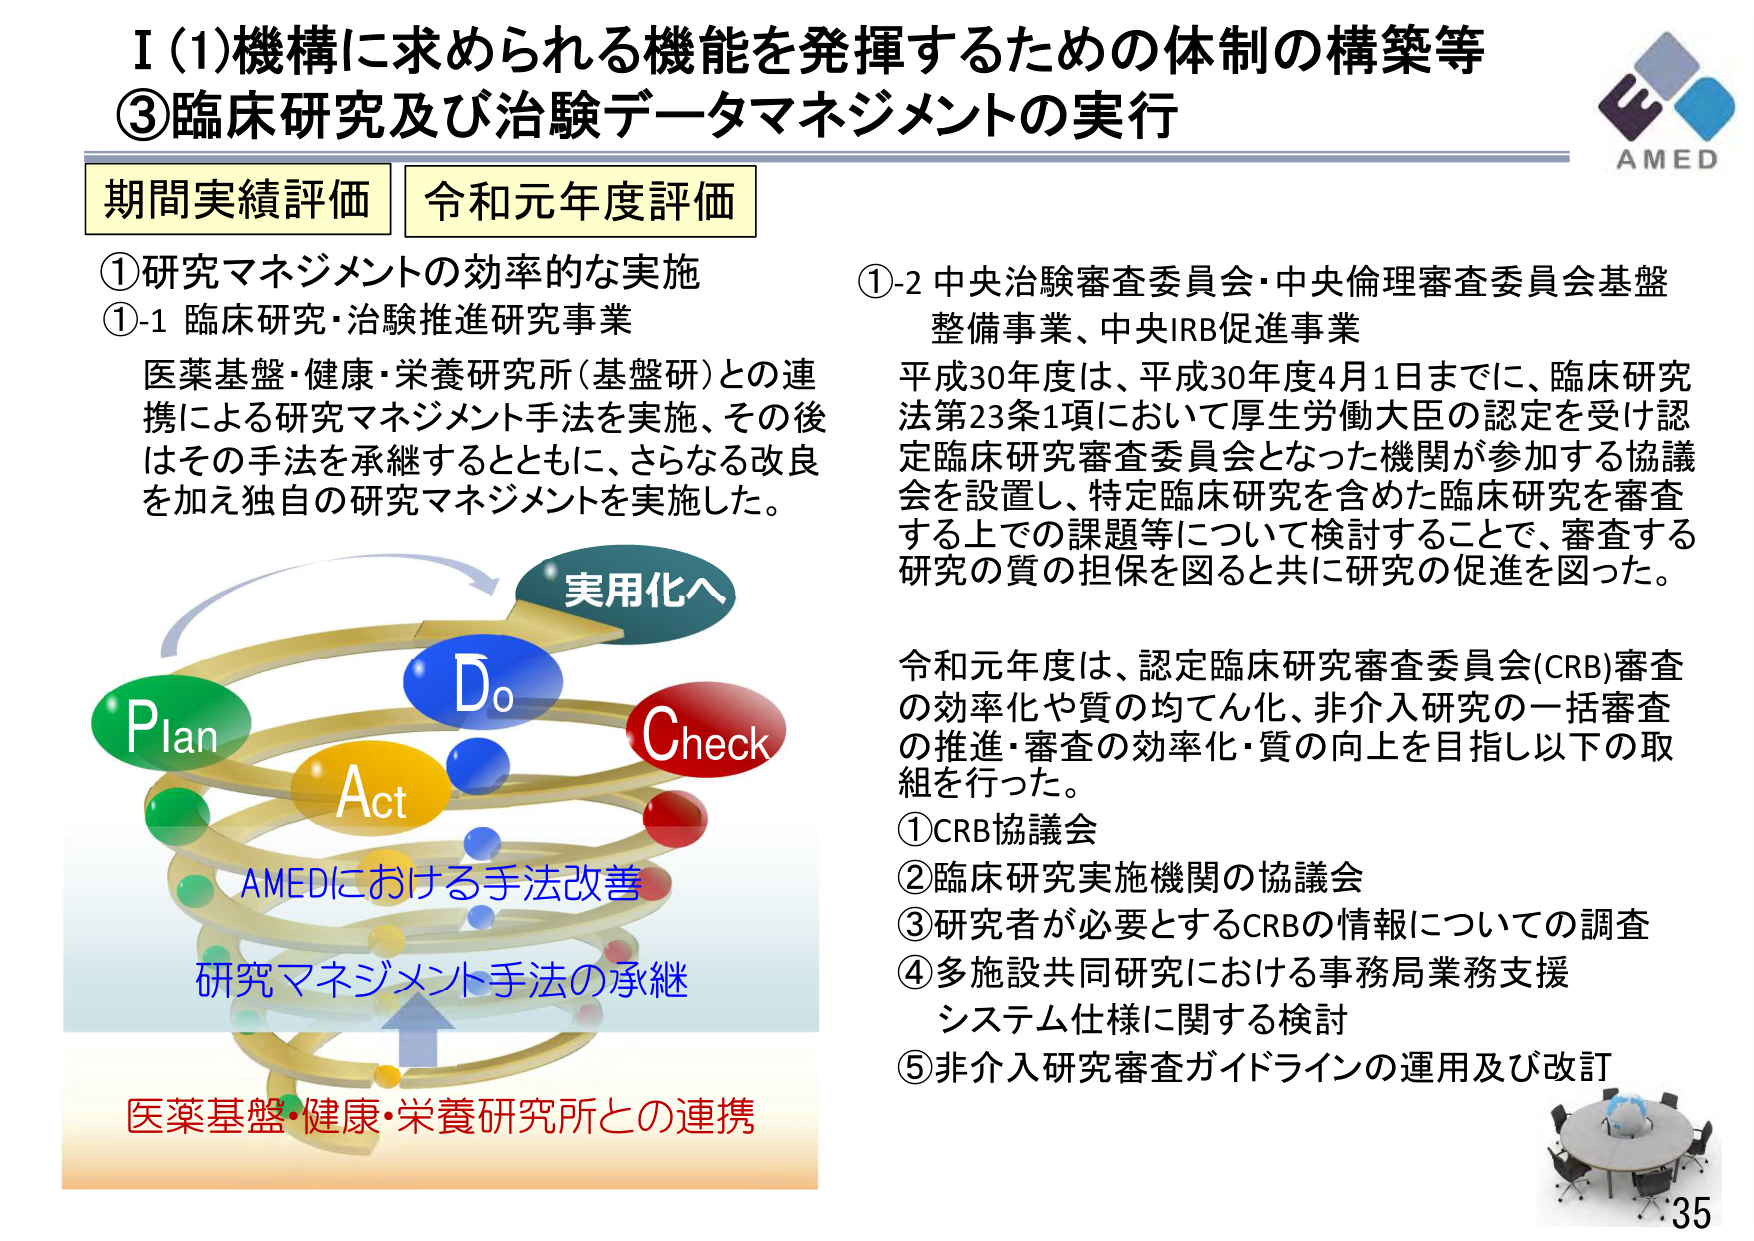
I (1) 機構に求められる機能を発揮するための体制の構築等
③ 臨床研究及び治験データマネジメントの実行

期間実績評価　令和元年度評価

① 研究マネジメントの効率的な実施
①-1 臨床研究・治験推進研究事業
医薬基盤・健康・栄養研究所（基盤研）との連携による研究マネジメント手法を実施、その後はその手法を承継するとともに、さらなる改良を加え独自の研究マネジメントを実施した。

①-2 中央治験審査委員会・中央倫理審査委員会基盤整備事業、中央IRB促進事業
平成30年度は、平成30年度4月1日までに、臨床研究法第23条1項において厚生労働大臣の認定を受け認定臨床研究審査委員会となった機関が参加する協議会を設置し、特定臨床研究を含めた臨床研究を審査する上での課題等について検討することで、審査する研究の質の担保を図ると共に研究の促進を図った。

令和元年度は、認定臨床研究審査委員会(CRB)審査の効率化や質の均てん化、非介入研究の一括審査の推進・審査の効率化・質の向上を目指し以下の取組を行った。
① CRB協議会
② 臨床研究実施機関の協議会
③ 研究者が必要とするCRBの情報についての調査
④ 多施設共同研究における事務局業務支援システム仕様に関する検討
⑤ 非介入研究審査ガイドラインの運用及び改訂

Plan
Do
Check
Act
実用化へ
AMEDにおける手法改善
研究マネジメント手法の承継
医薬基盤・健康・栄養研究所との連携

AMED
35